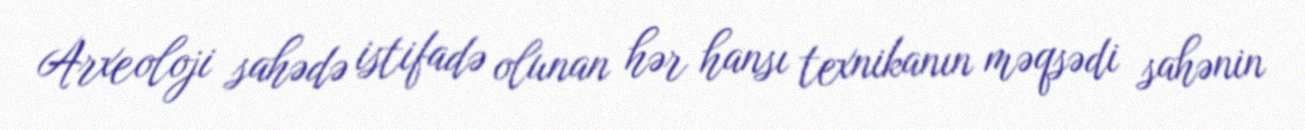
Arxeoloji sahədə istifadə olunan hər hansı texnikanın məqsədi sahənin